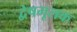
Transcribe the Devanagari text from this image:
द्वेषमूलक